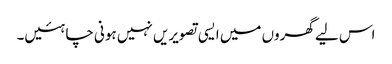
اس لیے گھروں میں ایسی تصویریں نہیں ہونی چاہئیں۔